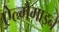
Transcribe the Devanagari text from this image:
ऐल्गैमाइने